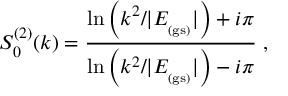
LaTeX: S _ { 0 } ^ { ( 2 ) } ( k ) = \frac { \ln \left( k ^ { 2 } / | E _ { _ \mathrm { ( g s ) } } | \right) + i \pi } { \ln \left( k ^ { 2 } / | E _ { _ \mathrm { ( g s ) } } | \right) - i \pi } \; ,